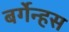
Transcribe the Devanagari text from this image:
बर्गेन्हस